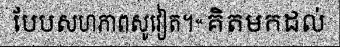
បែបសហភាពសូវៀត។«គិតមកដល់